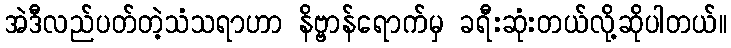
အဲဒီလည်ပတ်တဲ့သံသရာဟာ နိဗ္ဗာန်ရောက်မှ ခရီးဆုံးတယ်လို့ဆိုပါတယ်။